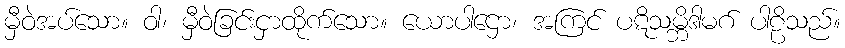
မှီဝဲအပ်သော။ ဝါ၊ မှီဝဲခြင်းငှာထိုက်သော။ ယောပါဌော၊ အကြင် ပဋိသမ္ဘိဒါမဂ် ပါဠိသည်။